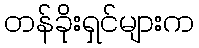
တန်ခိုးရှင်များက